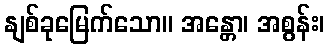
နျစ်ခုမြေက်သော။ အန္တော၊ အစွန်း၊